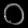
Digit: ၀